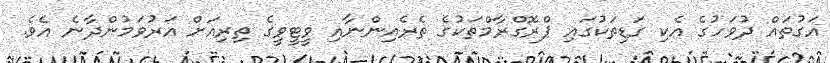
އަގުތައް ދުވަހުގެ އެކި ގަޑިތަކުގައި ޕްރޮގްރާމްތަކުގެ ތެރެއިންނާއި ވީޓީވީގެ ތިރިއަށް އަރުވަމުންދާނެ އެވެ.